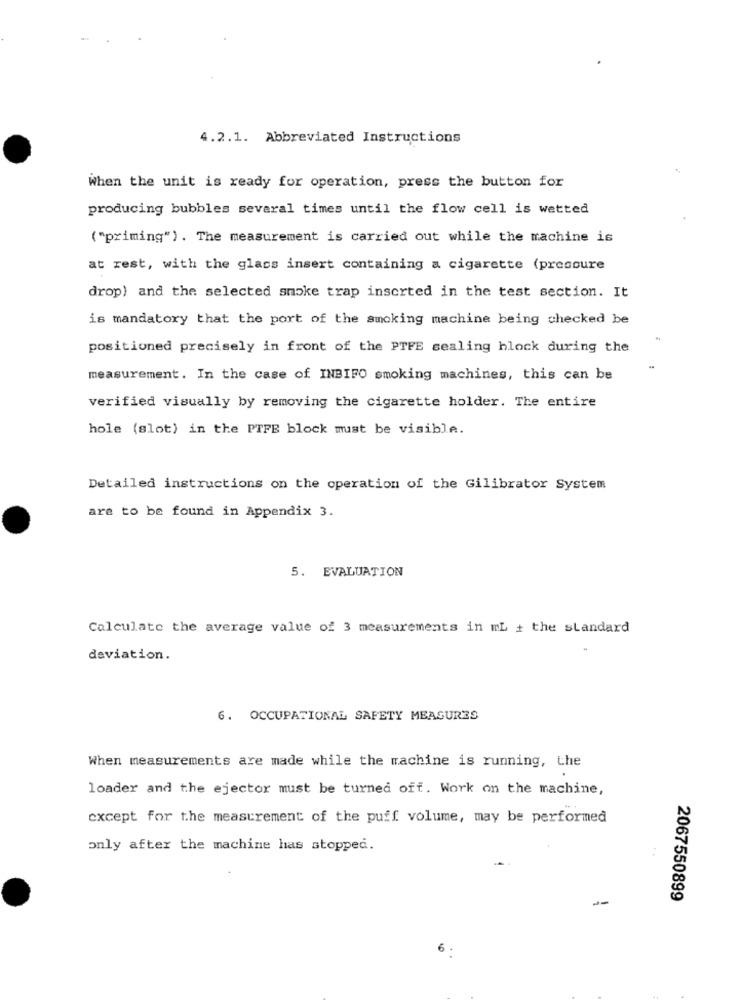
4.2.1. Abbreviated Instructions
When the unit is ready for operation, press the button for
producing bubbles several times until the flow cell is wetted
("priming"). The measurement is carried out while the machine is
at rest, with the glass insert containing a cigarette (pressure
drop) and the selected smoke trap inserted in the test section. It
is mandatory that the port of the smoking machine being checked be
positioned precisely in front of the PTFE sealing block during the
measurement. In the case of INBIFO smoking machines, this can be
verified visually by removing the cigarette holder. The entire
hole (slot) in the PTFE block must be visible.
Detailed instructions on the operation of the Gilibrator System
are to be found in Appendix 3.
5. EVALUATION
Calculate the average value of 3 measurements in mL + the standard
deviation.
6. OCCUPATIONAL SAFETY MEASURES
When measurements are made while the machine is running, the
loader and the ejector must be turned off. Work on the machine,
except for the measurement of the puff volume, may be performed
only after the machine has stopped.
..
2067550899
6.